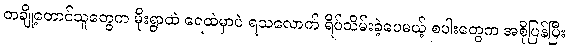
တချို့တောင်သူတွေက မိုးရွာထဲ ရေထဲမှာပဲ ရသလောက် ရိပ်သိမ်းခဲ့ပေမယ့် စပါးတွေက အစိုပြန်ပြီး